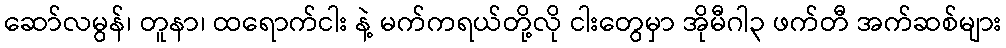
ဆော်လမွန်၊ တူနာ၊ ထရောက်ငါး နဲ့ မက်ကရယ်တို့လို ငါးတွေမှာ အိုမီဂါ၃ ဖက်တီ အက်ဆစ်များ